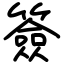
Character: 簽